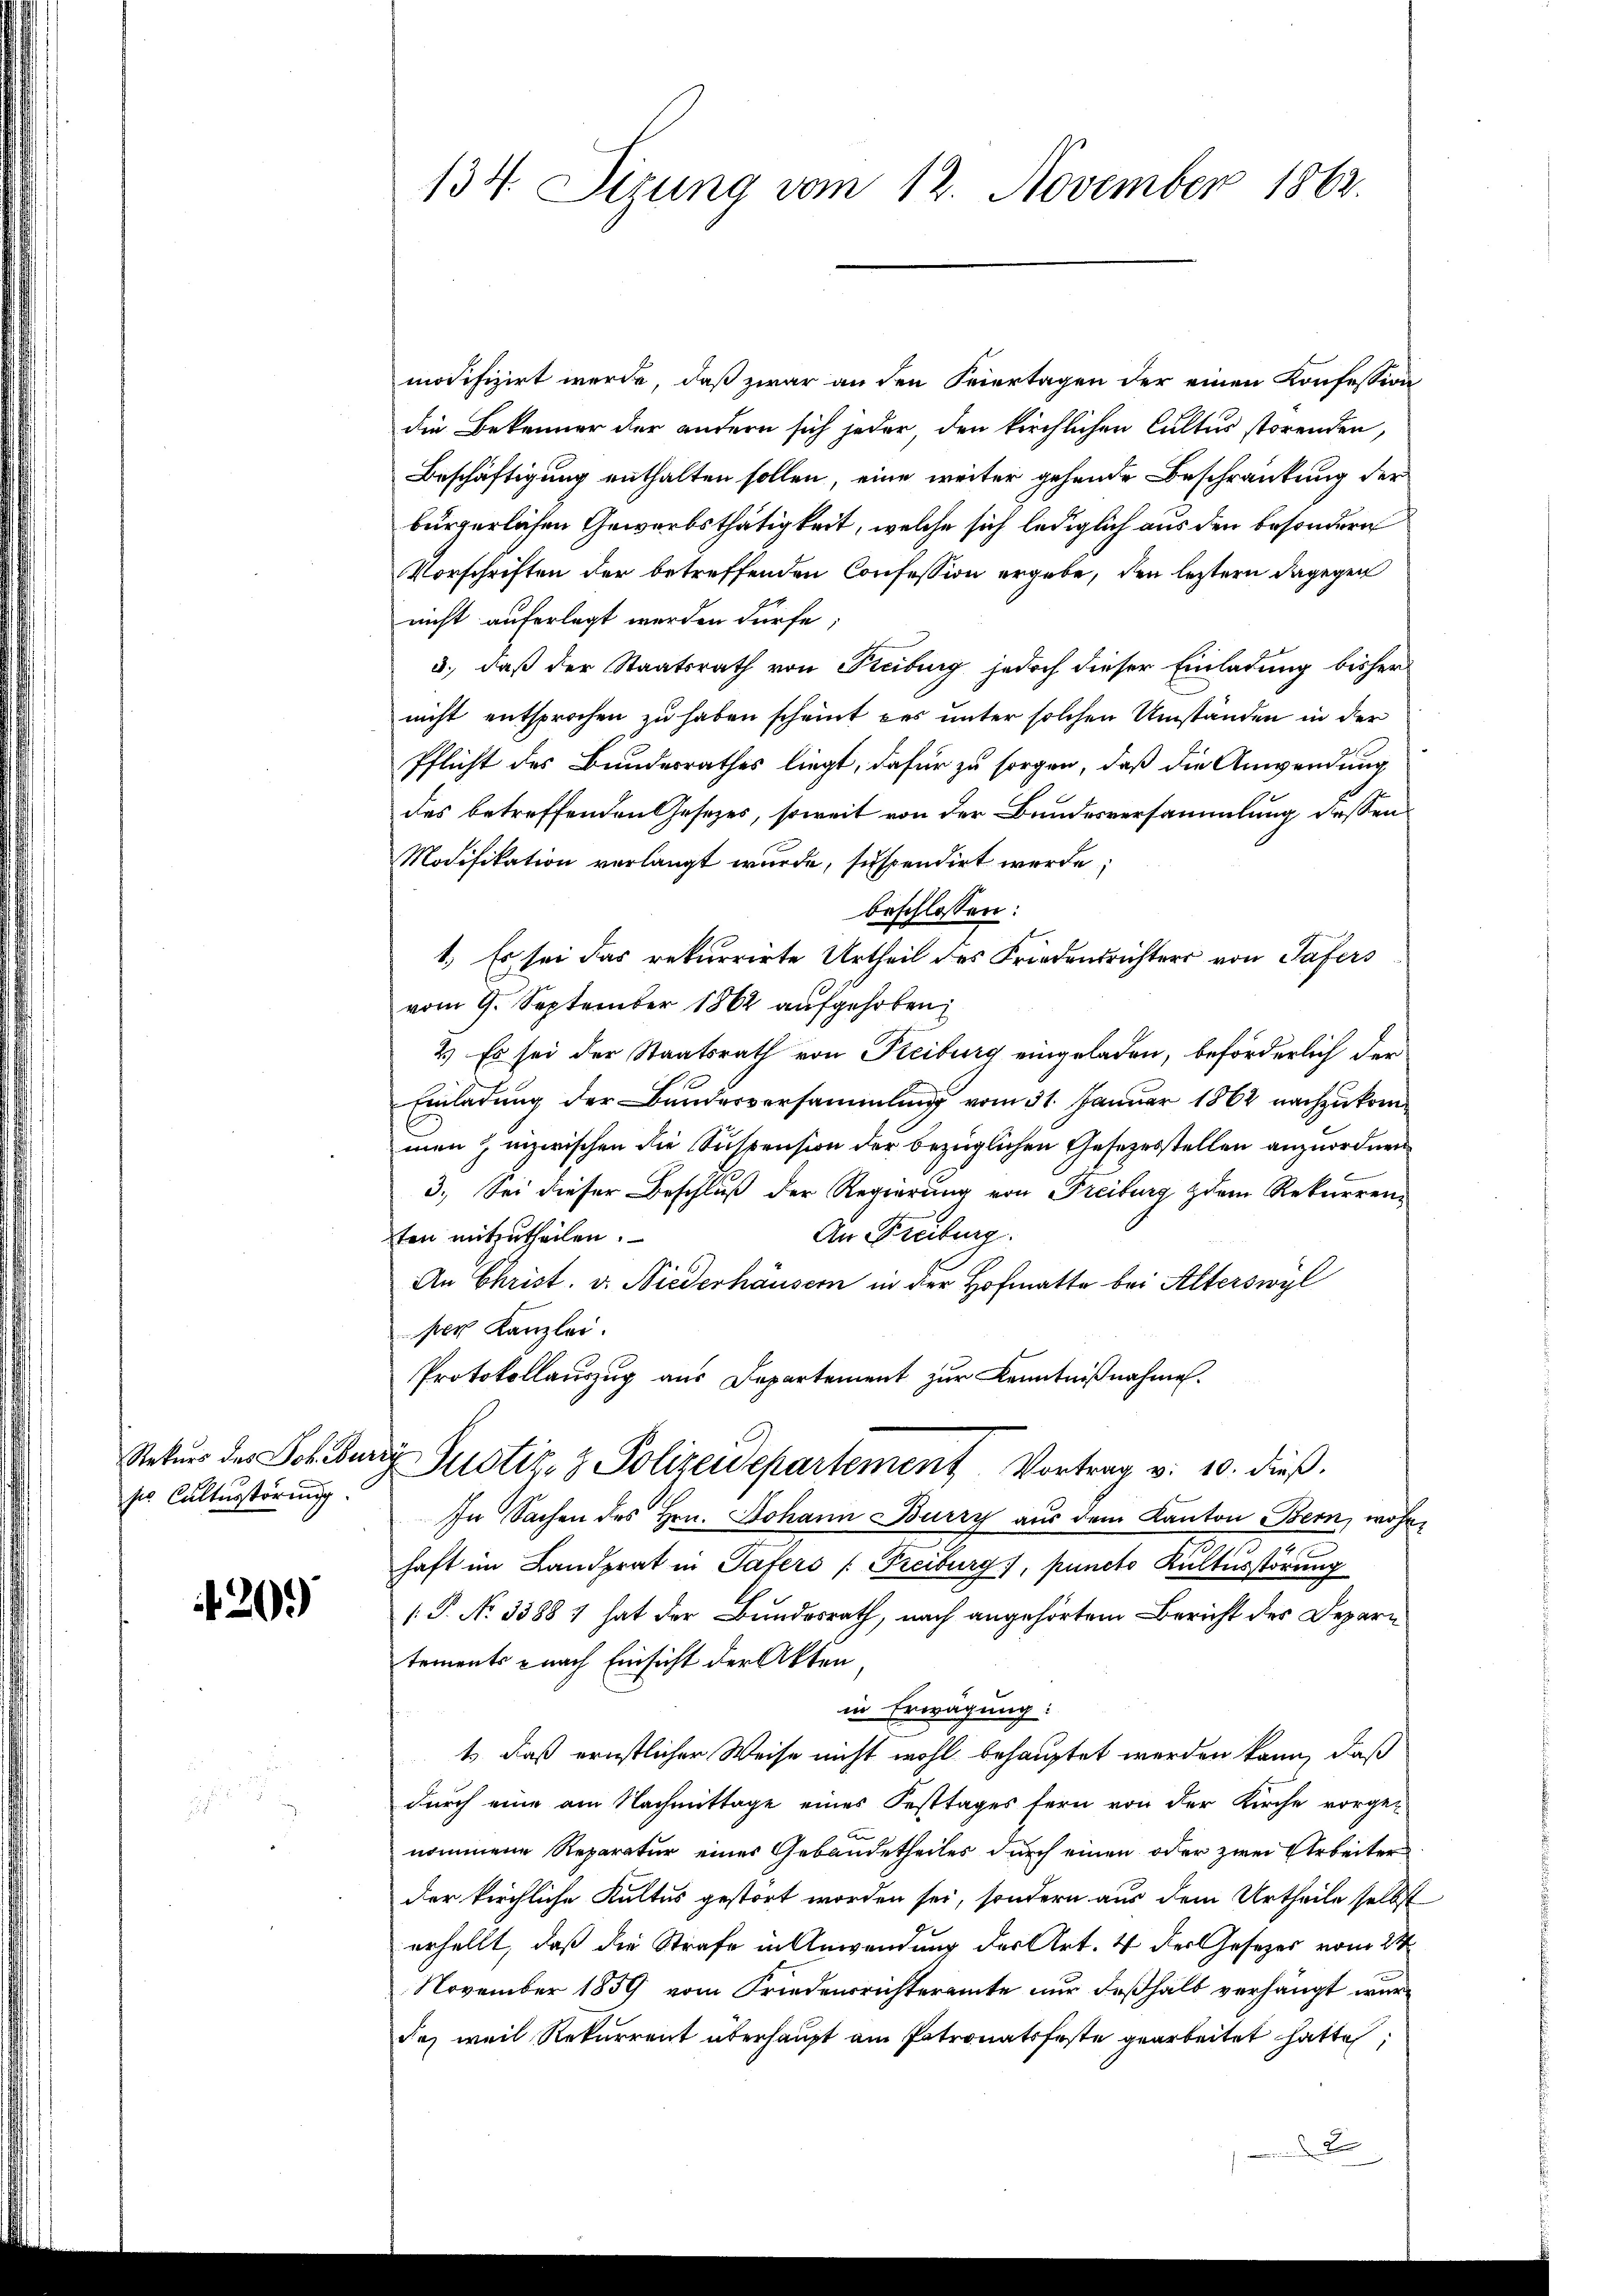
Rekurs des Johibur
sio Cultusstörung

420.

134. Sizung vom 12. November 1862.

modifizirt werde, daß zwar an den Feiertagen der einen Konfession
die Bekenner der andern sich jeder den kirchlichen Cultus störenden,
Beschäftigung enthalten sollen, eine weiter gehende Beschränkung der
bürgerlichen Gewerbsthätigkeit, welche sich lediglich aus den besondern
Vorschriften der betreffenden Confession ergebe, den letztern dagegen
nicht auferlegt werden dürfe;
3., daß der Staatsrath von Freiburg jedoch dieser Einladung bisher
nicht entsprochen zu haben scheint des unter solchen Umständen in der
Pflicht des Bundesrathes liegt, dafür zu sorgen, daß die Anwendung
des betreffenden Gesetzes, soweit von der Bundesversammlung dessen
Modifikation verlangt wurde, suspendirt werde;
beschlossen:
1.) Es sei das rekurrirte Urtheil des Friedensrichters von Tafers
vom 9. September 1862 aufgehoben,
2.) Es sei der Staatsrath von Freiburg eingeladen, beförderlich der
Einladung der Bundesversammlung vom 31. Januar 1862 nachzukommen Zinzwischen die Suspension der bezüglichen Gesezesstellen anzuordnen
3. Sei dieser Beschluß der Regierung von Freiburg zdem Rekurrenz
An Freiburg.
ten mitzutheilen.
An Christ. v. Niederhäusern in der Hofmatte bei Alterswyl
per Kanzlei.
Protokollauszug aus Departement zur Kenntnißnahme.
d Justiz- & Polizeidepartement Vortrag v. 10. dieß.
In Sachen des Hrn. Johann Burry aus dem Kanton Bern, wohne
.
haft im Landprat in Tafers (Freiburg), puncto Kultusstörung
[.P. No 3388 7 hat der Bundesrath, nach angehörtem Bericht des Depari
tements nach Einsicht der Akten
in Erwägung:
1) daß ernstlicher Weise nicht wohl behauptet werden kann, daß
durch eine am Nachmittage eines Festtages fern von der Kirche vorgenommene Reparatur eines Gebäudetheiles durch einen oder zwei Arbeiter
der kirchliche Kultus gestört worden sei, sondern aus dem Urtheile selbst
erhellt, daß die Strafe in Anwendung der Art. 4 der Gesetzes vom 24
November 1859 vom Friedensrichteramte nur deßhalb verhängt wurda, weil Rekurrent überhaupt am Patronatsfeste gearbeitet hatte,
2